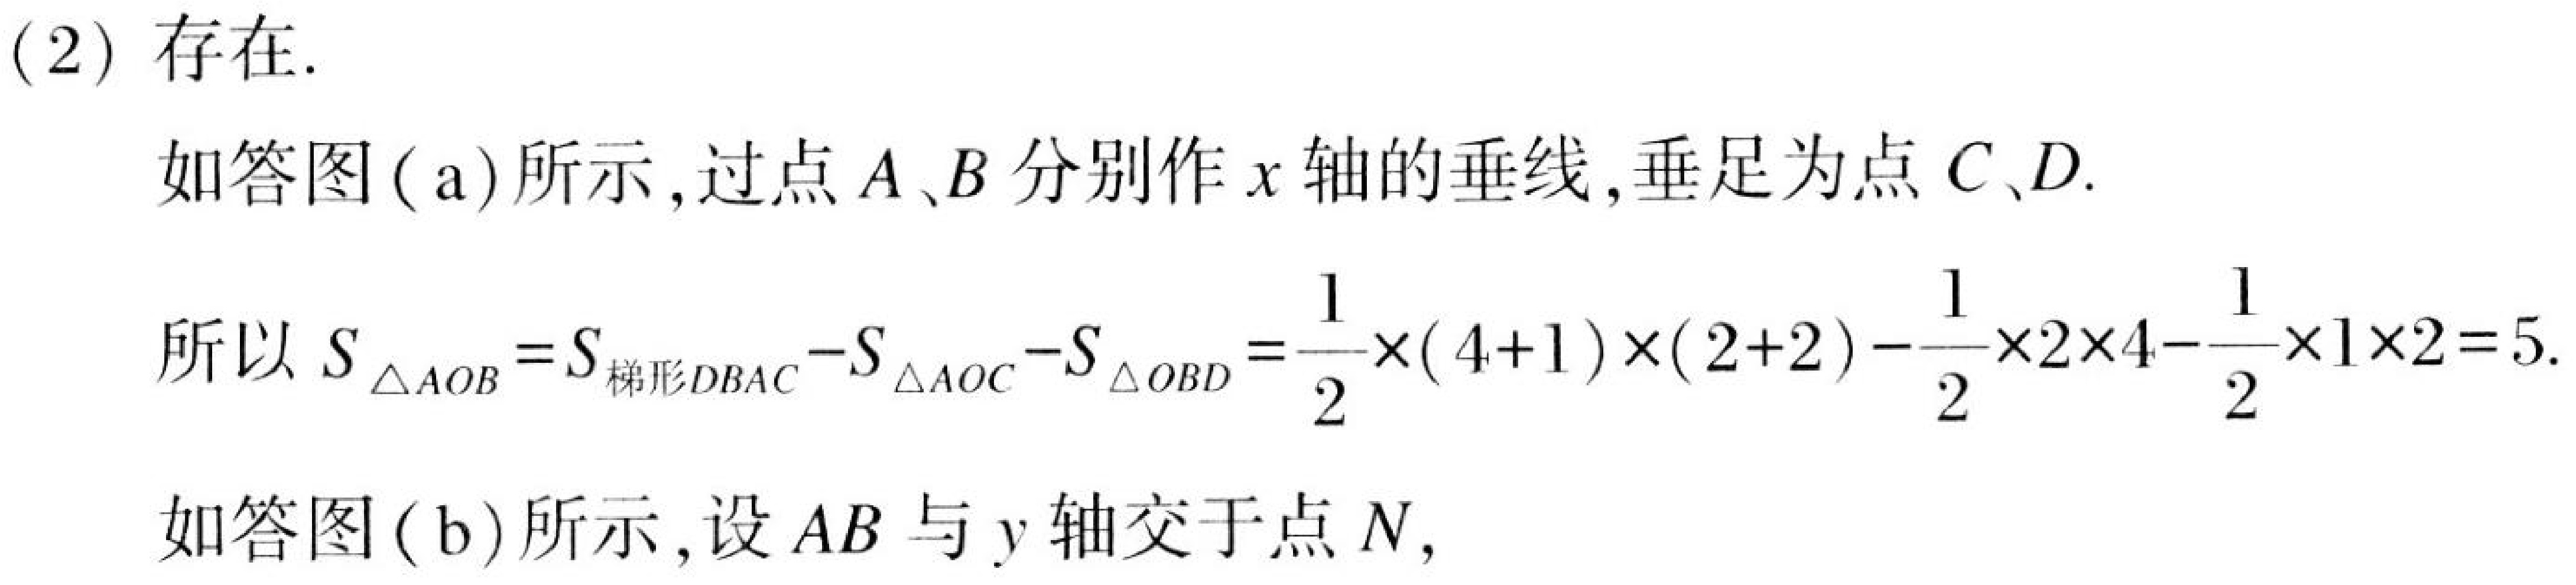
(2) 存在.
如答图 ( a) 所示，过点 \(A、B\) 分别作 \(x\) 轴的垂线，垂足为点 \(C、D\).
所以 \(S_{\triangle AOB}=S_{梯形DBAC}-S_{\triangle AOC}-S_{\triangle OBD}=\frac{1}{2}\times(4 + 1)\times(2 + 2)-\frac{1}{2}\times2\times4-\frac{1}{2}\times1\times2 = 5\).
如答图 ( b) 所示，设 \(AB\) 与 \(y\) 轴交于点 \(N\)，